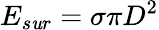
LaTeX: {{E}_{s\mathit{u}r}}=\sigma\pi{{D}^{2}}